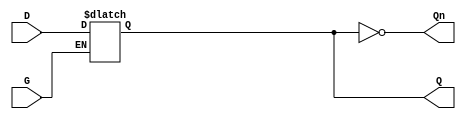
module gated_latch (
    input wire D,    // Data input
    input wire G,    // Gate / Enable signal
    output reg Q,    // Output
    output wire Qn   // Complement of Output
);

// Complement of Output
assign Qn = ~Q;

// Always block to model the gated latch behavior
always @(*) begin
    if (G) begin
        Q = D; // When G is high, Q follows D
    end
    // When G is low, Q retains its previous value
end

endmodule